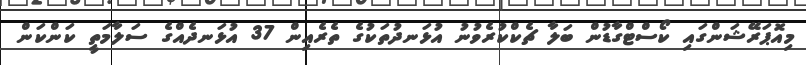
މިއޮޕަރޭޝަންގައި ކޯސްޓްގާޑުން ބަލާ ޗެކްކުރެވުނު އުޅަނދުތަކުގެ ތެރެއިން 37 އުޅަނދެއްގެ ސަލާމަތީ ކަންކަން